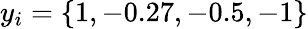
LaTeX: y_{i}=\{ 1,-0.27,-0.5,-1\}